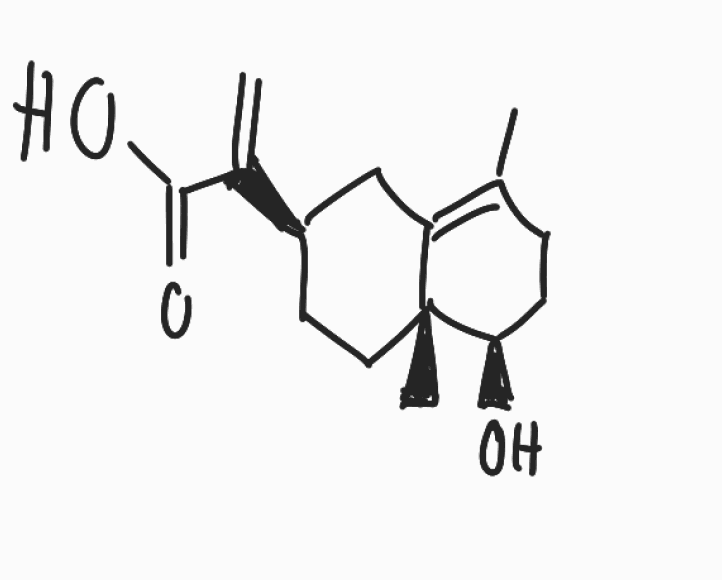
Simplified molecular-input line-entry system (SMILES) notation of the given molecule:
CC1=C2C[C@@H](CC[C@]2([C@@H](CC1)O)C)C(=C)C(=O)O